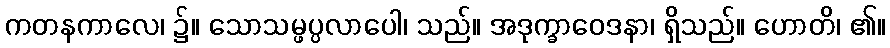
ကတနကာလေ၊ ၌။ သောသမ္ဖပ္ပလာပေါ၊ သည်။ အဒုက္ခာဝေဒနာ၊ ရှိသည်။ ဟောတိ၊ ၏။